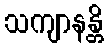
သကျာနန္တိ